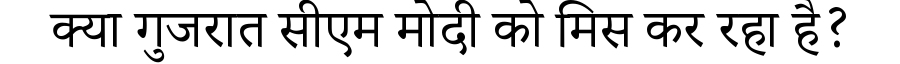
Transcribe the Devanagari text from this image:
क्या गुजरात सीएम मोदी को मिस कर रहा है?